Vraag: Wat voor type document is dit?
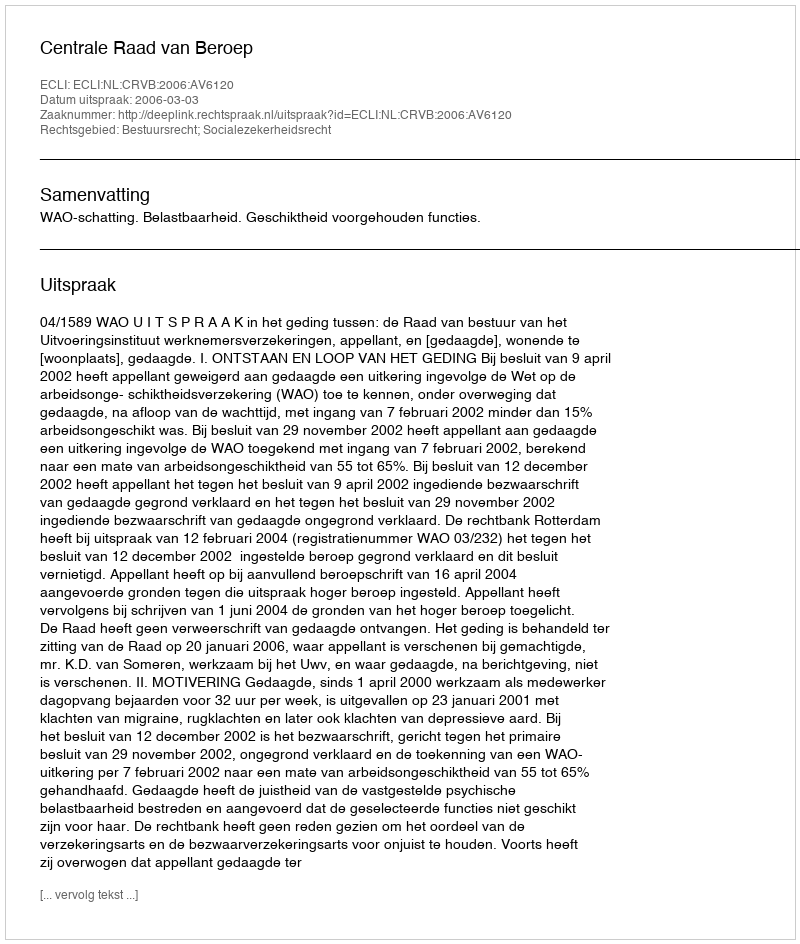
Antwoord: Uitspraak